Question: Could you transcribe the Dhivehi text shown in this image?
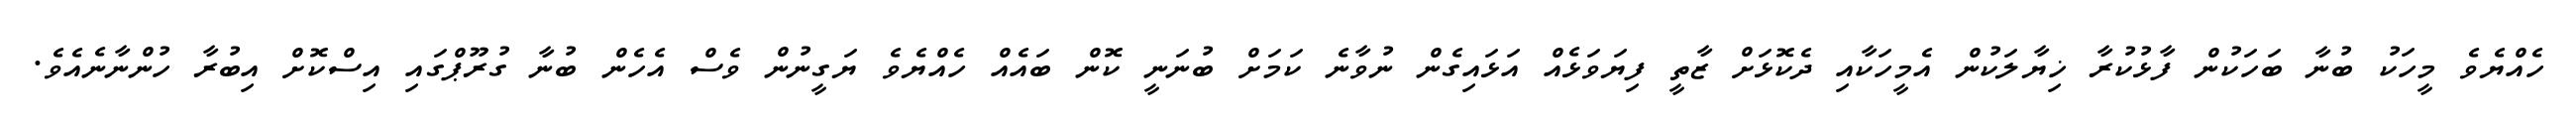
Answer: ހެއްޔެވެ މީހަކު ބުނާ ބަހަކުން ފާޅުކުރާ ޚިޔާލަކުން އެމީހަކާއި ދެކޮޅަށް ޒާތީ ފިޔަވަޅެއް އަޅައިގެން ނުވާނެ ކަމަށް ބުނަނީ ކޮން ބައެއް ހެއްޔެވެ ޔަގީނުން ވެސް އެހެން ބުނާ ގުރޫޕްގައި އިސްކޮށް އިބުރާ ހުންނާނެއެވެ.